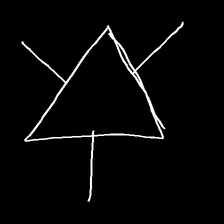
Glyph: fire